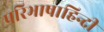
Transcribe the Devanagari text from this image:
परिभाषाहिन्दी